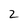
Character: 2